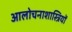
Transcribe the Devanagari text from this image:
आलोचनाशास्त्रियों